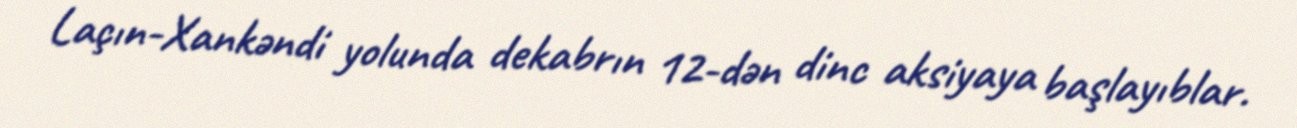
Laçın-Xankəndi yolunda dekabrın 12-dən dinc aksiyaya başlayıblar.